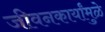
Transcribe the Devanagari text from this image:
जीवनकार्यांमुळे